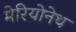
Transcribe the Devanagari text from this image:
मेरियोनेथ